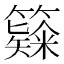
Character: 𥶗